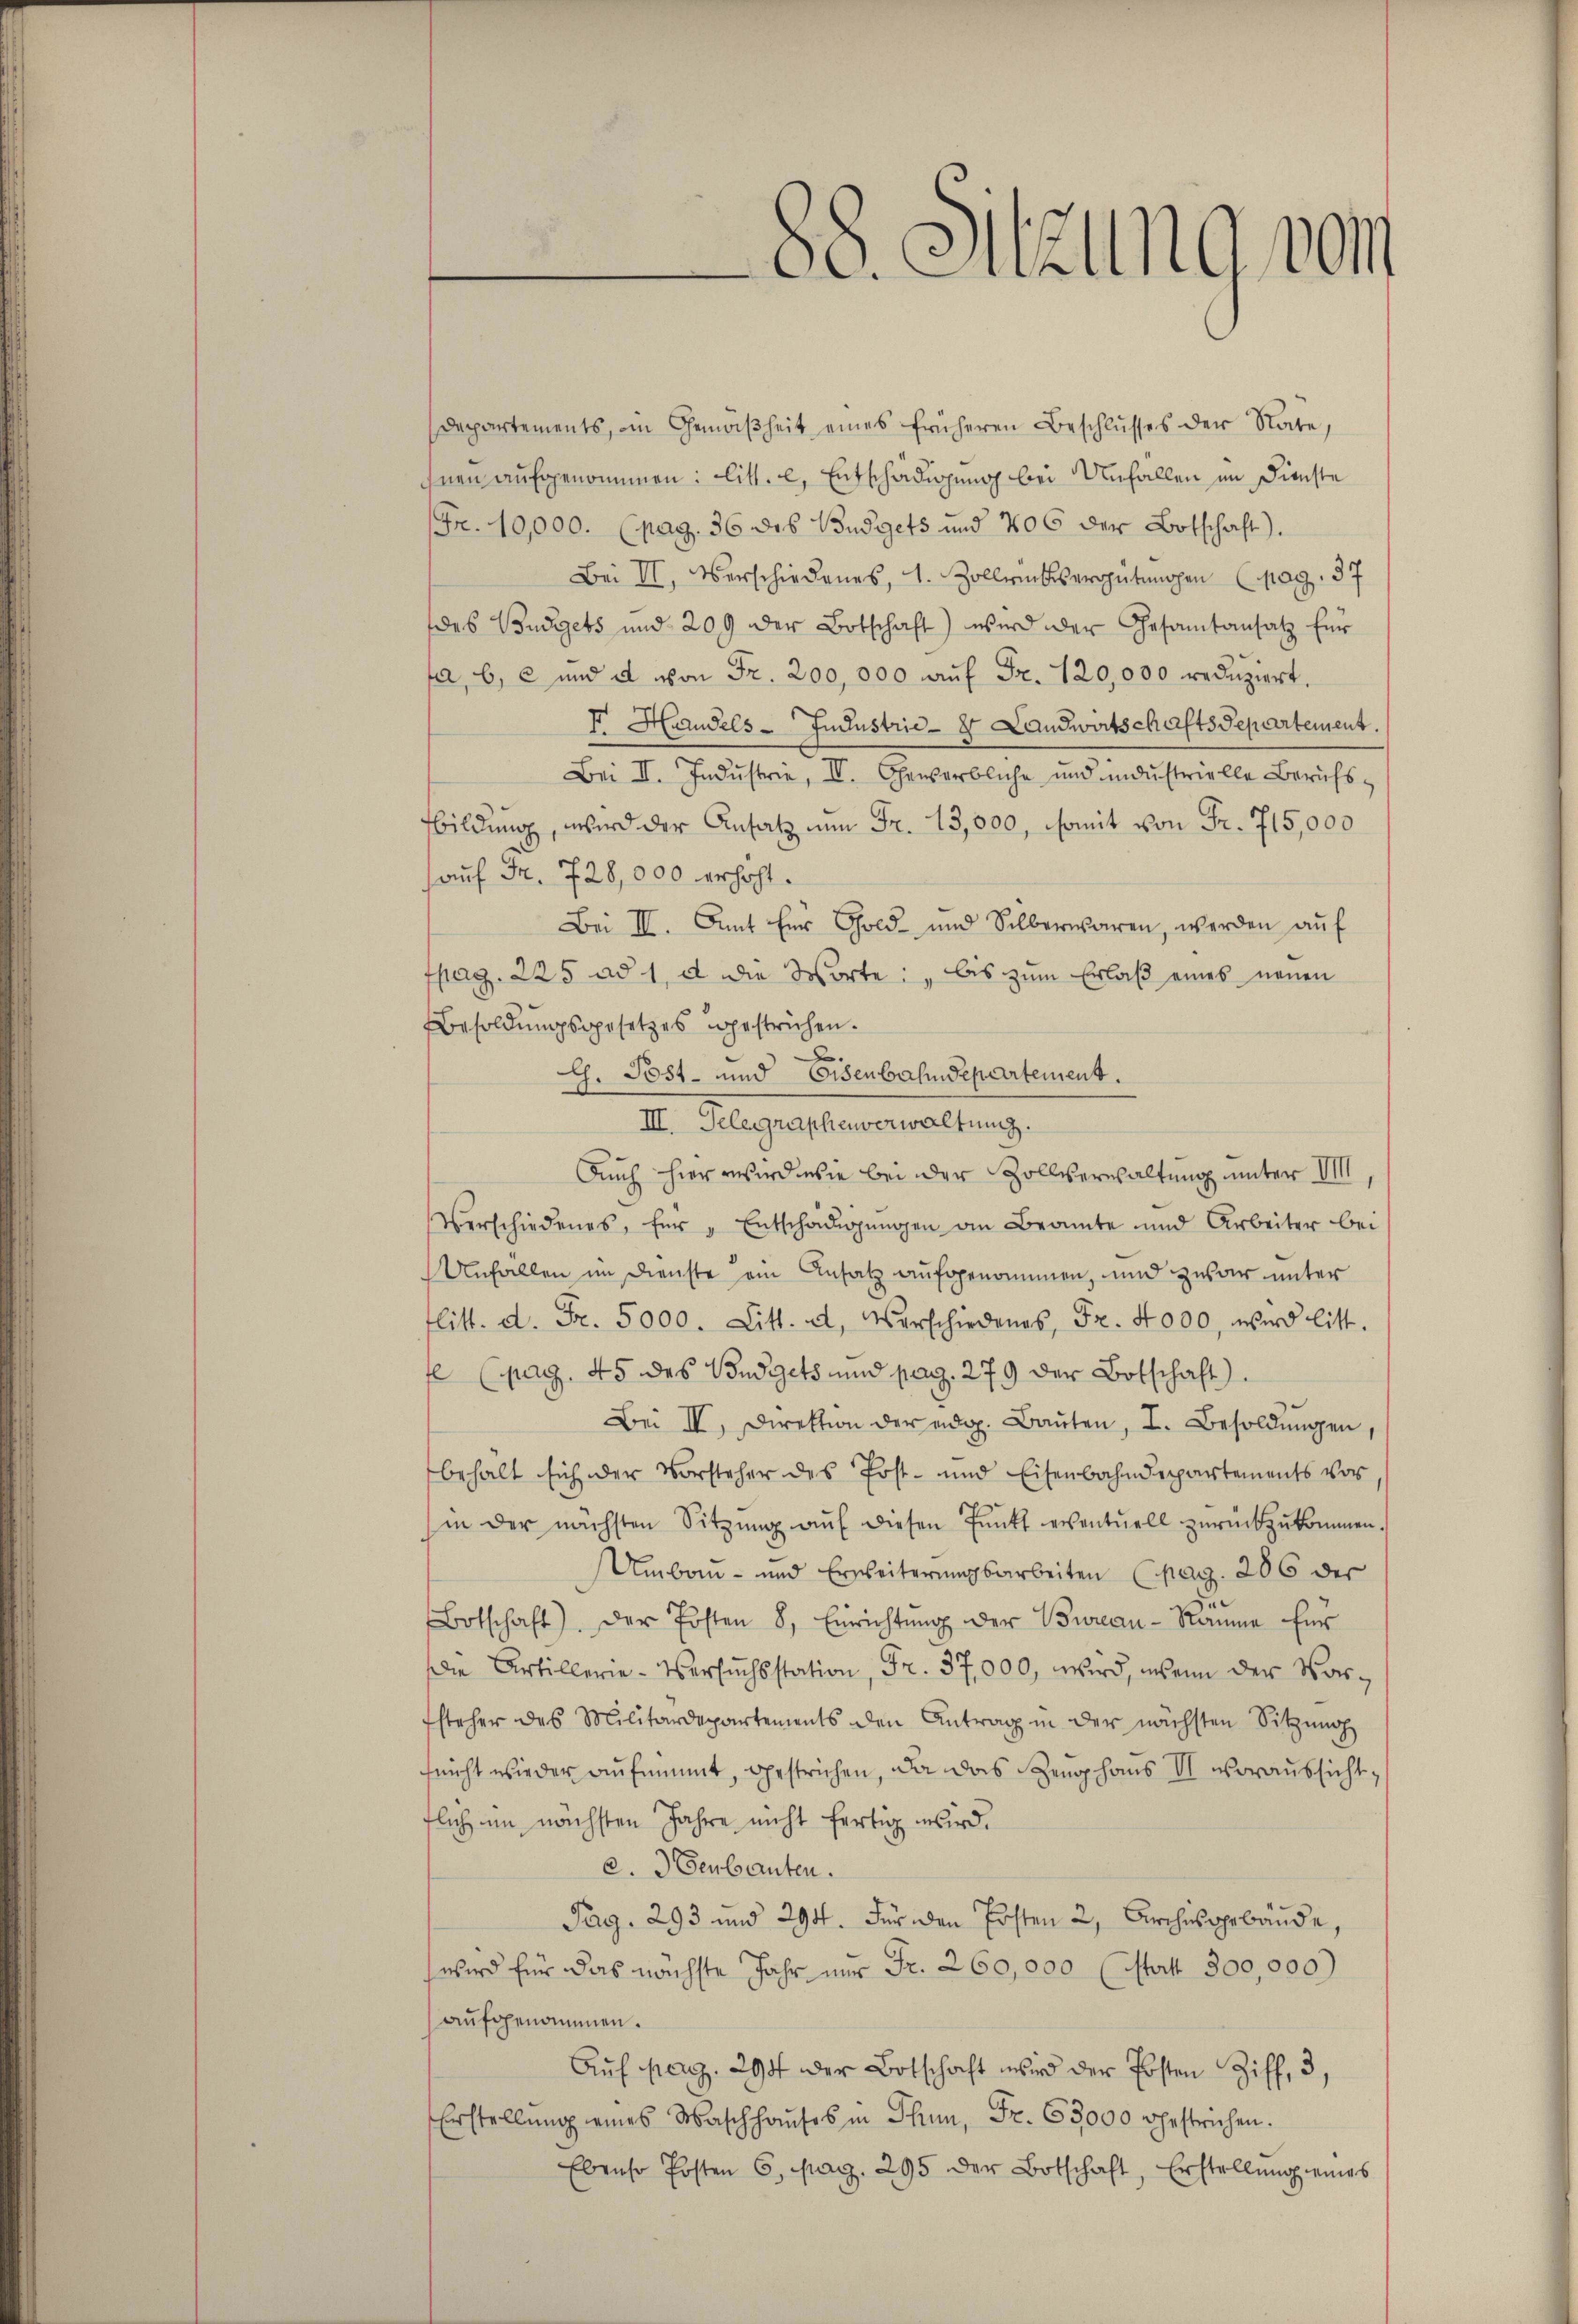
Departements, in Gemäßheit eines früheren Beschlusses der Nate,
nen aufgenommen: Litt. c, Entschädigung bei Unfallen im Dienste
Fr. 10,000. (pag. 36 des Budgets und 706 der Botschaft).
Bei II. Verschiedenes, 1. Zollriksergütungen (pag. 37
des Budgets und 209 der Botschaft) wird der Gesamtansatz für
fa, b, c und d von Fr. 200,000 auf Fr. 120,000 reduziert.
II. Handels- Industrie - Landwirtschafts Separtement
Bei II. Industrie, IV. Gewerbliche und industrielle Berichs-
Bildung, wird der Ansatz nun Fr. 13,000, womit von Fr. 715,000
auf Fr. 728,000 erhöht.
Bei III. Amt her Gold- und Silberwaren, werden aŭf
fpag. 225 ad 1. u die Worte: „bis zŭm Erlaβ eines neuen
esoldŭngsgesetzes gestrichen.
e
C. Post- und Eisenbahndepartement.
III. Gelegraphenverwaltung.
Auch hier wird wie bei der Zollverwaltung unter VIII,
Verschiedenes, für „Entschädigŭngen an Beamte und Arbeiter bei
Unfallen im Dienste an Ansatz aufgenommen, und zwar unter
flitt. d. Fr. 5000. Litt. d. Verschiedenes, Fr. 4000, wird litt.
t (pag. 45 des Budgets und pag. 279 der Botschaft.
Bei II, Direktion der eidg. Baŭten, I. Besoldŭngen,
behalt sich der Vorsteher des Post- und Eisenbahndepartements vor
in der nächsten Sitzŭng aŭf diesen Pŭnkt eventuell zurückzukommen.
Umbau- und Erweiterungsarbeiten (pag. 206 der
Botschaft). Der Posten 8. Einrichtŭng der Bureau-Räume für
die Artillerie-Versuchsstation, Fr. 37,000, wird, wenn der Vorfsteher des Militärdepartements den Antrag in der nächsten Sitzung
feicht wieder aufnimmt, gestrichen, da das Zeughaus VI. voraussicht,
flich im nächsten Jahre nicht fertig wird.
a. 3 Geubauten.
Pag. 293 und 294. Für den Posten 2, Archisgebäude,
wird für das nächste Jahr nur Fr. 260,000 (Statt 300,000
aufgenommen.
Aŭf pag. 294 der Botschaft wird der Posten Ziff. 3,
Erstellung eines Waschhaŭses in Thun, Fr. 63000 gestrichen.
Ebenso Posten 6. pag. 295 der Botschaft, Erstellŭng eines

88. Sitzung von